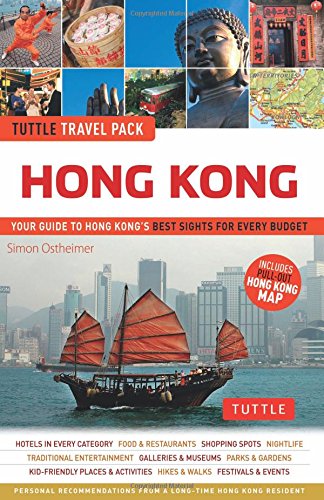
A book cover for Hong Kong Tuttle Travel Pack: Your Guide to Hong Kong's Best Sights for Every Budget (Travel Guide & Map); Simon Ostheimer; Travel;